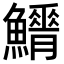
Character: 𩼿